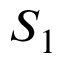
S _ { 1 }